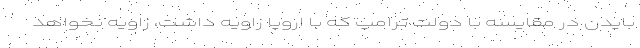
بایدن در مقایسه با دولت ترامپ که با اروپا زاویه داشت، زاویه نخواهد